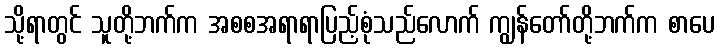
သို့ရာတွင် သူတို့ဘက်က အစစအရာရာပြည့်စုံသည်လောက် ကျွန်တော်တို့ဘက်က စာပေ